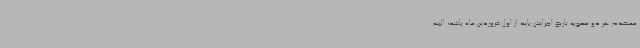
معتقدم هر دو مصوبه تاریخ اجرایش باید از اول فروردین ماه باشد، البته